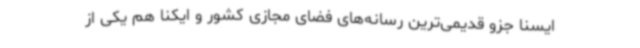
ایسنا جزو قدیمی‌ترین رسانه‌های فضای مجازی کشور و ایکنا هم یکی از